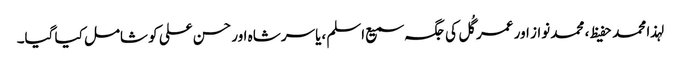
لہذا محمد حفیظ ، محمد نواز اور عمر گُل کی جگہ سمیع اسلم ،یاسر شاہ اور حسن علی کو شامل کیا گیا۔